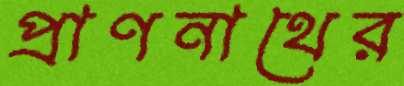
প্রাণনাথের